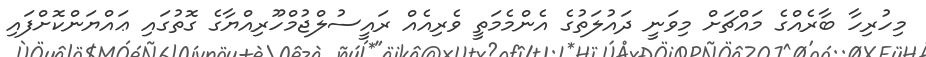
މިހުރިހާ ބާރެއްގެ މައްޗަށް މިވަނީ ދައުލަތުގެ އެންމެމަތީ ވެރިއެއް ރައީސުލްޖުމްހޫރިއްޔާގެ ގޮތުގައި ޢައްޔަންކޮށްފައި